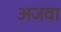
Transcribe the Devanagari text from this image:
अजवा